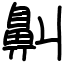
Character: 鼼